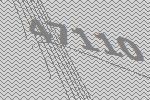
47110